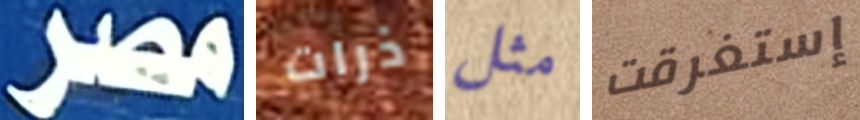
مصر ذرات مثل إستغرقت